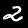
Label: 2